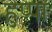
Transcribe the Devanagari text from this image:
हुप्पा